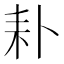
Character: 𦓦